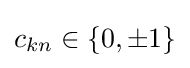
c_{kn}\in \{0,\pm 1\}